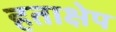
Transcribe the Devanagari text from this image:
हताक्षेप